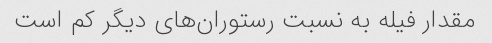
مقدار فیله به نسبت رستوران‌های دیگر کم است